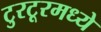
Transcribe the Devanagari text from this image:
टुरटूरमध्ये